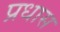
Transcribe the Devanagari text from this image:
प्रधास